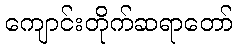
ကျောင်းတိုက်ဆရာတော်